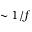
\sim 1 / f